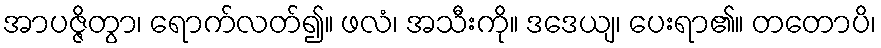
အာပဇ္ဇိတွာ၊ ရောက်လတ်၍။ ဖလံ၊ အသီးကို။ ဒဒေယျ၊ ပေးရာ၏။ တတောပိ၊